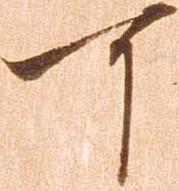
可